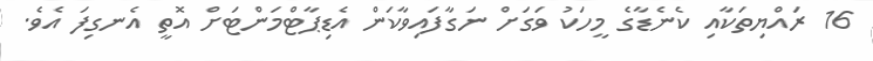
16 ރައްޔިތަކާއި ކެނެޑާގެ މީހަކު ވަގަށް ނަގާފައިވާކަން އެޑިޕާޓްމަންޓަށް އޮތީ އެނގިފަ އެވެ.